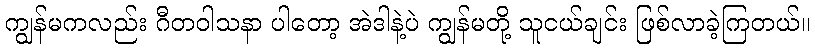
ကျွန်မကလည်း ဂီတဝါသနာ ပါတော့ အဲဒါနဲ့ပဲ ကျွန်မတို့ သူငယ်ချင်း ဖြစ်လာခဲ့ကြတယ်။